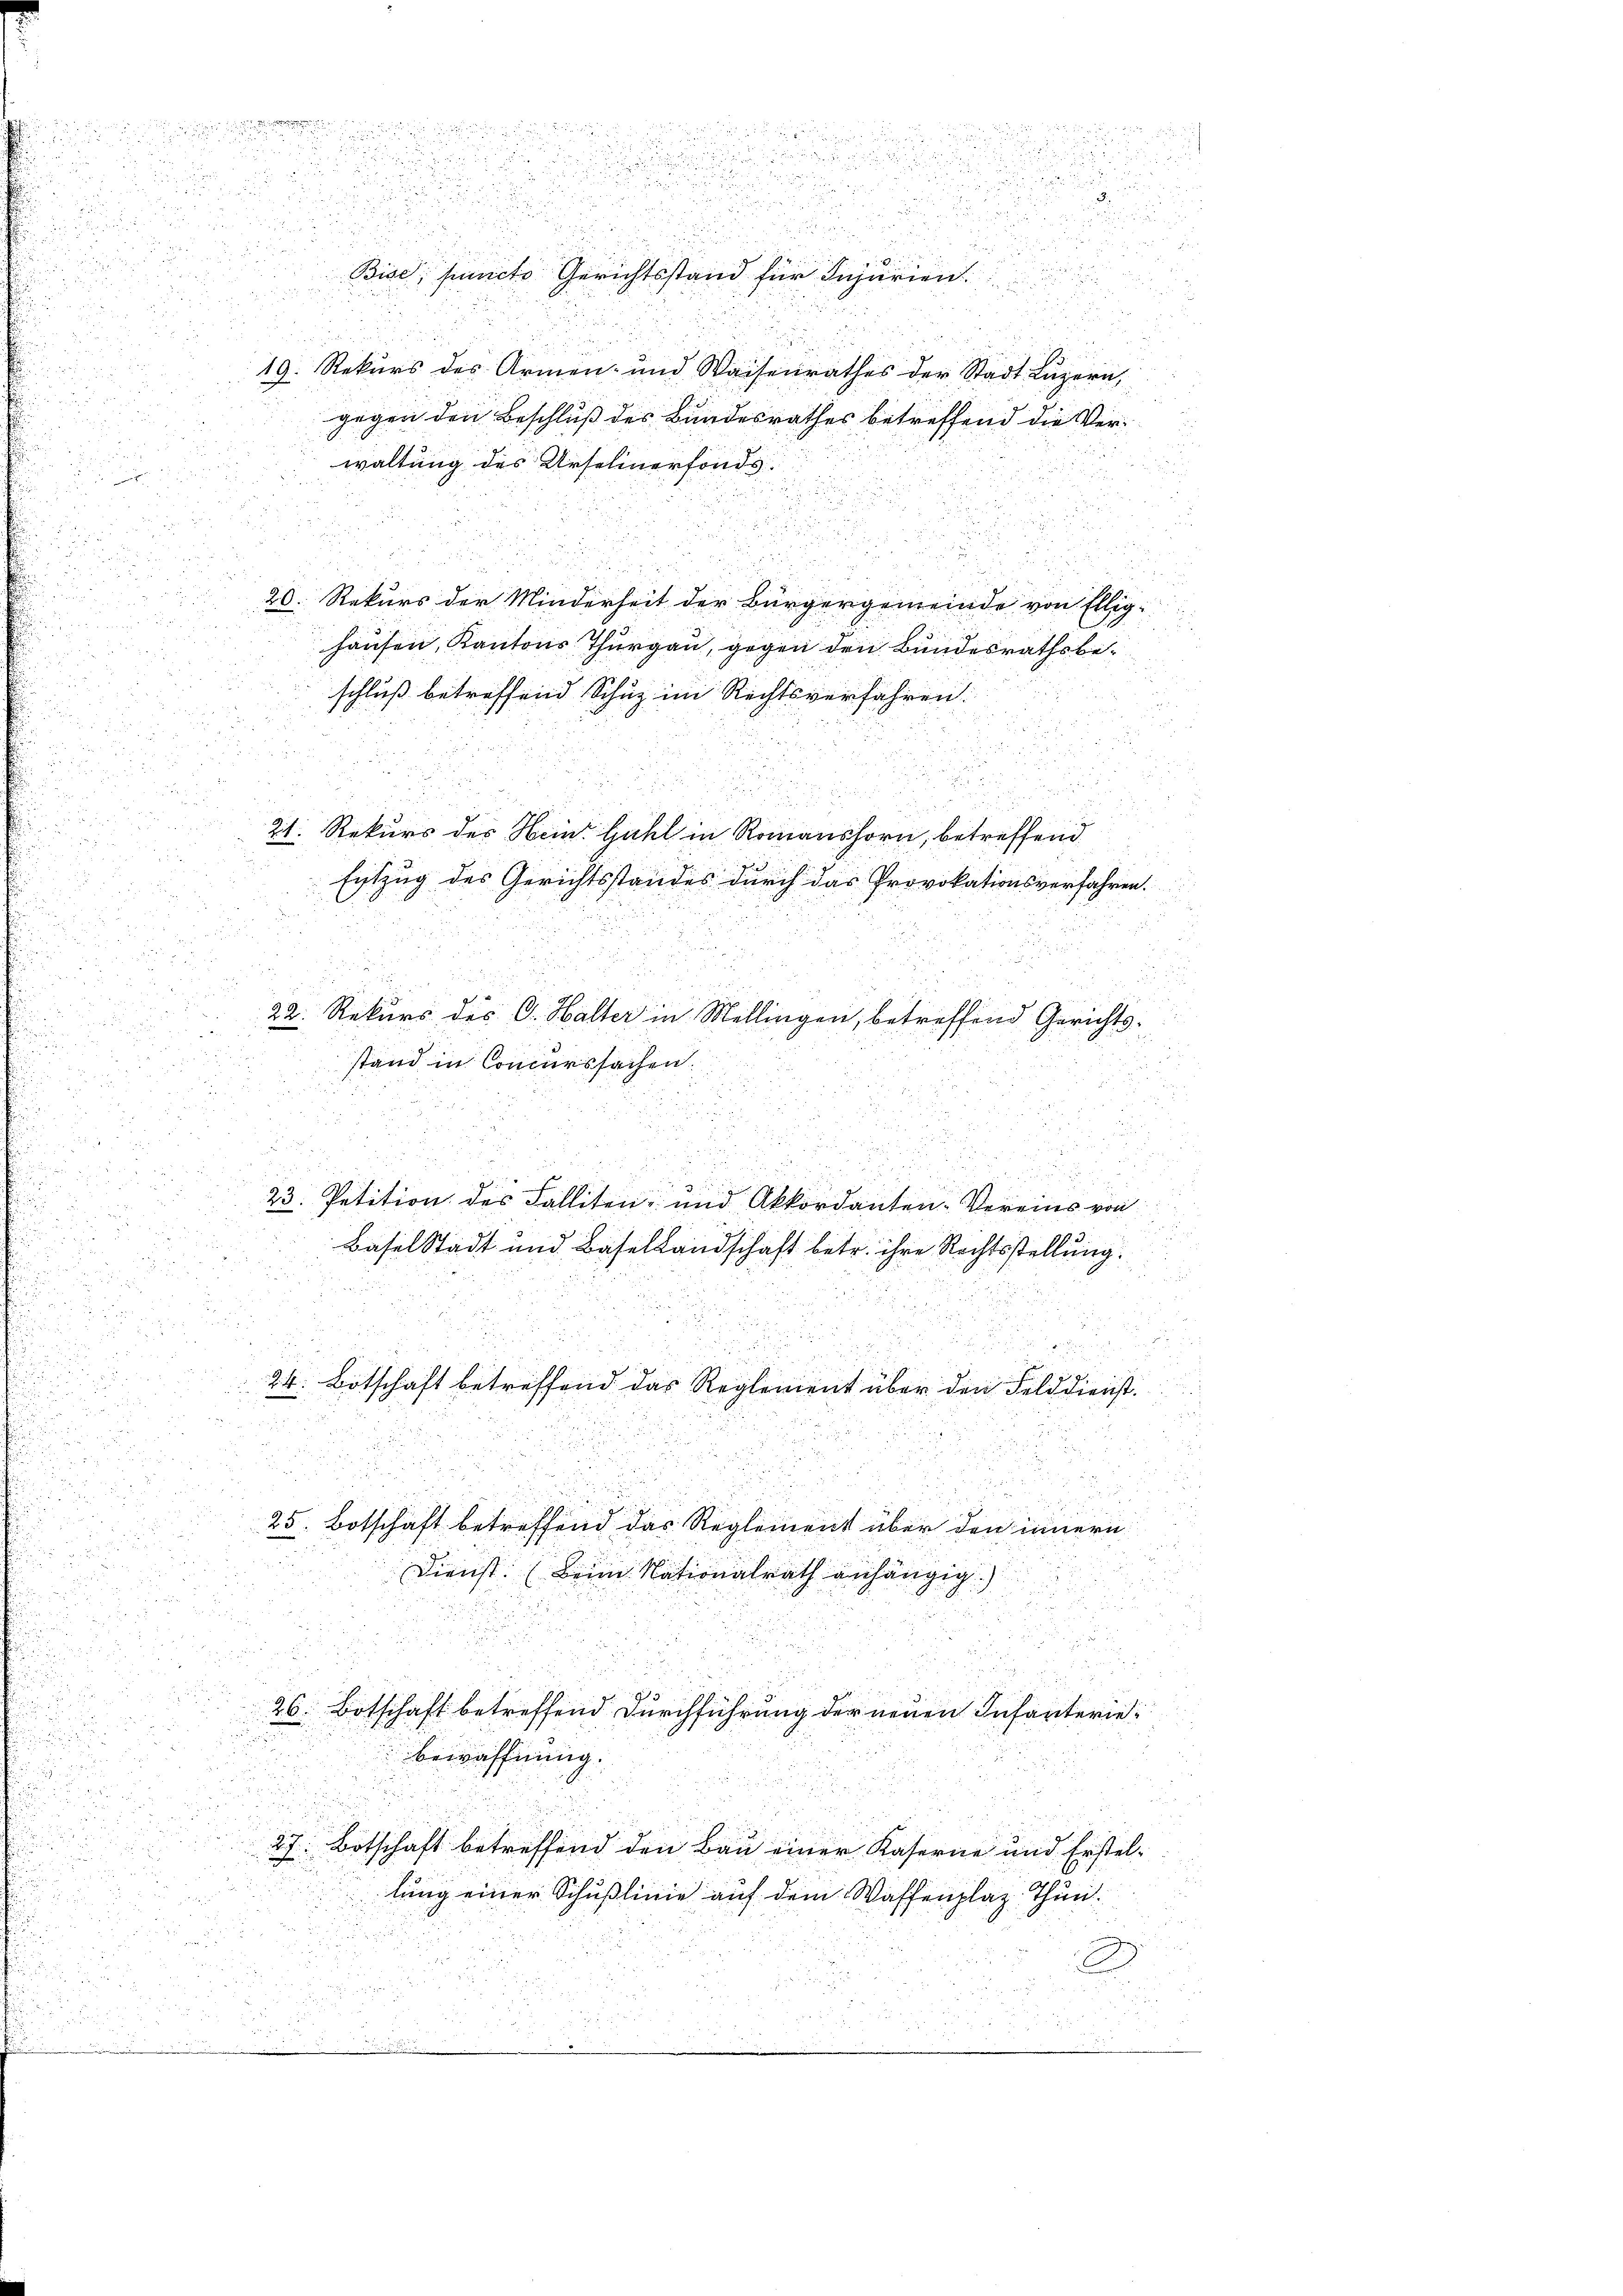
u

2
i
.

Bide, functo Gerichtsstand für Inerien

21. Rekurs des Hemr Zahl in Romanshorn, betreffend

d
u

x
19. Rekurs des Armen- und Waisenrathes der Stadt Luzern,
gegen den Beschluß des Bundesrathes betreffend die Ver¬
58
waltung des Urselinerfonds
.
n

.
20. Rekurs der Minderheit der Bürgergemeinde von Illig¬

us
hausen, Kantons Thurgau, gegen den Bundesrathsbe¬
2
schluß betreffend Schuz im Rechtsverfahren:

.

222.

Entzug des Gerichtsstandes durch das Provokationsverfahren.

22. Rekurs des G. Halter in Mellingen, betreffend Gerichts¬

stand in Concurssachen.

a
2
8

5
.
2
.
23. Petition des Falliten- und Akkordanten-Vereins von

Batel Stadt und Basellandschaft betr. ihre Rechtsstellung

2
.

8
5
n
d
t 22 2
 xxx
24. Botschaft betreffend das Reglement über den Felddienst.
u

5

25. Botschaft betreffend das Reglement über den innern
.
Dienst. Beim Nationalrath anhängig
d
2 50

26 Botschaft betreffend durchführung der neuen Infanterie

bewaffnung.

27: Botschaft betreffend den Bau einer Katerne und Erstellung einer Schußlinie auf dem Waltenplaz Thun¬

u
 x

5

 nie die und die in

.

3.